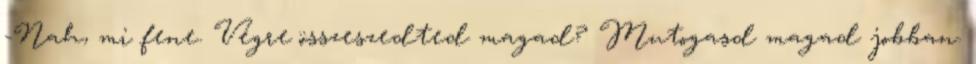
-Nah, mi fene. Végre összeszedted magad? Mutogasd magad jobban.